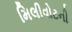
મિલીવોટની